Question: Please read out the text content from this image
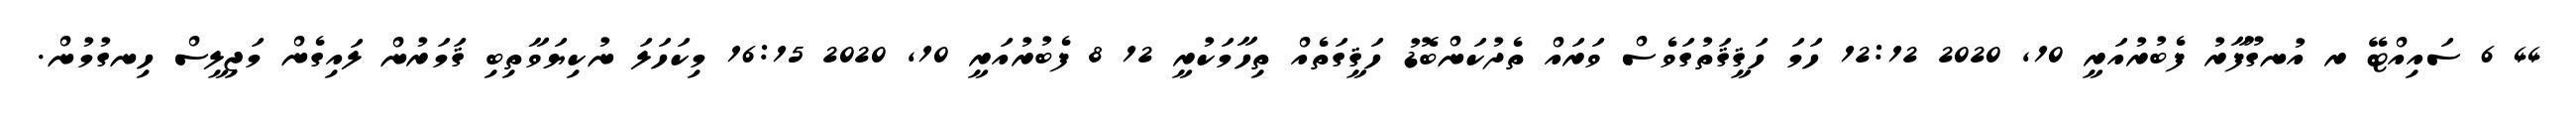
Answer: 44 6 ސައިއްޓޭ ރ އުނގޫފާރު ފެބުރުއަރީ 10, 2020 12:12 ހަމަ ހަޤީޤަތުގަވެސް ވަރައް ތެދުކަންބޮޑު ހަޤީގަތެއް ތިހާމަކުރީ 12 8 ފެބުރުއަރީ 10, 2020 16:15 މިކަހަލަ ނުކިޔަވާތިބި ޤަމަރުން ލައިގެން މަޖިލީސް ހިނގުމުން.